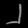
Digit: ၂